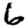
Digit: 6